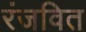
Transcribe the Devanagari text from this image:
रंजवित